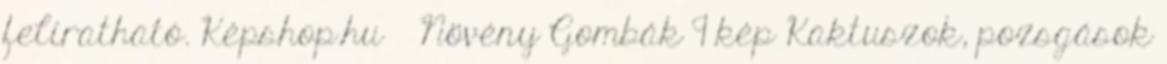
feliratható. Képshop.hu » Növény Gombák 9 kép Kaktuszok, pozsgások